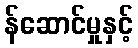
န်ဆောင်မှုနှင့်